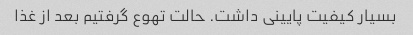
بسیار کیفیت پایینی داشت. حالت تهوع گرفتیم بعد از غذا